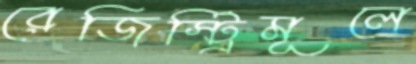
রেজিস্ট্রিমূলে